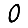
Digit: 0